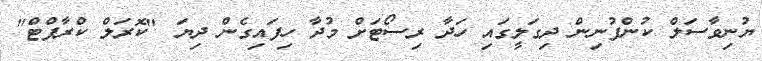
ޔުނިވާސަލް ކުންފުނިން ދިގަލީގައި ހަދާ ރިސޯޓަށް މުދާ ހިފައިގެން ދިޔަ "ކޮރަލް ކްރާފްޓް"